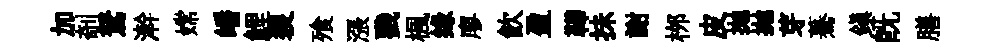
加剞駑澣嫦皤鯉裂飱漲戮楓缘廖飮盈鞾抺謝桞皮拋抛芽驀鎭既膳